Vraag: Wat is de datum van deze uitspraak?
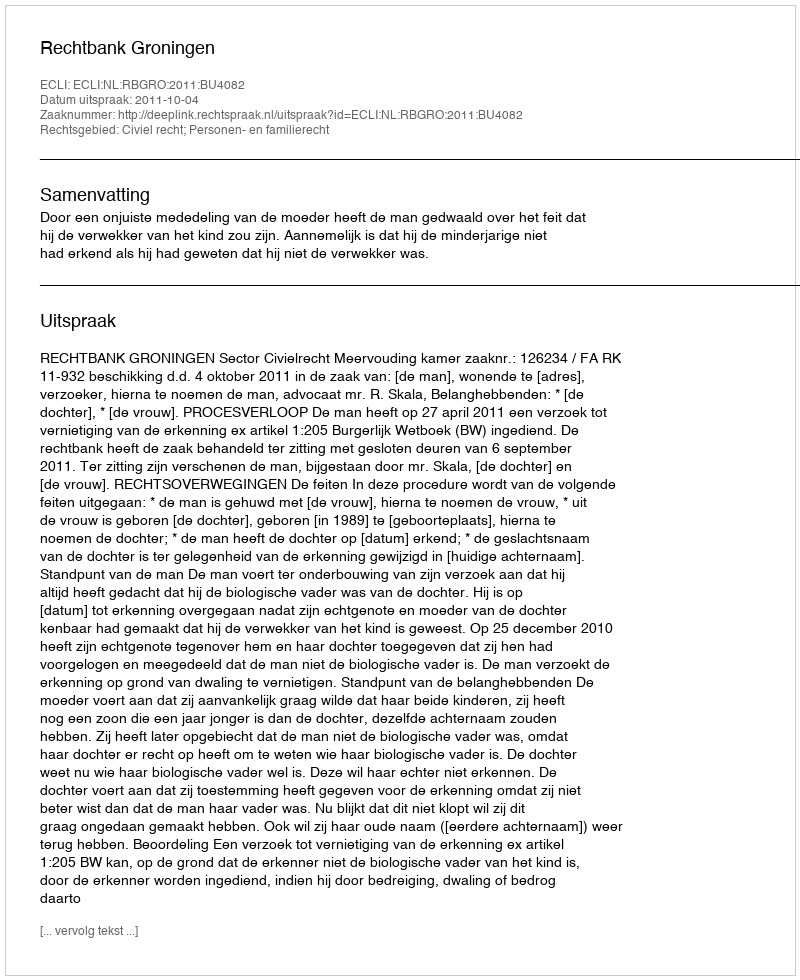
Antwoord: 2011-10-04